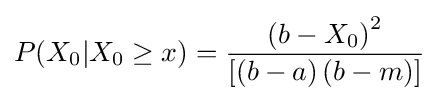
P(X_{0}|X_{0}\geq x)={\frac {\left(b-X_{0}\right)^{2}}{\left[\left(b-a\right)\left(b-m\right)\right]}}